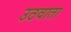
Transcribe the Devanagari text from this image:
उठवाता